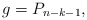
\begin{align*} g=P_{n-k-1},\end{align*}